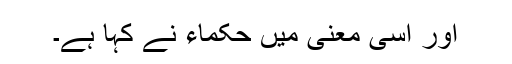
اور اسی معنی میں حکماء نے کہا ہے۔